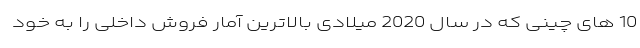
10 های چینی که در سال 2020 میلادی بالاترین آمار فروش داخلی را به خود